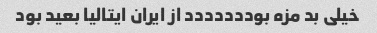
خیلی بد مزه بوددددددد از ایران ایتالیا بعید بود